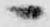
へ